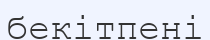
бекітпені